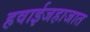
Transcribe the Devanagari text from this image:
हवाईजहाजात